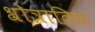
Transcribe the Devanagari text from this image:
श्रोत्रादिक